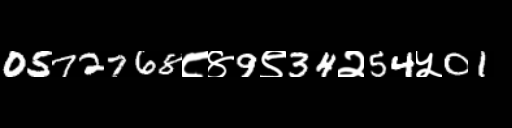
Text: 0572768८४9९34२54५01